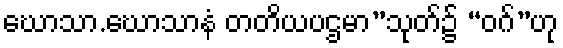
ဃောသာ.ဃောသာနံ တတိယပဌမာ”သုတ်၌ “ဝဂ်”ဟု